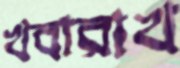
খবারাখ